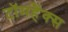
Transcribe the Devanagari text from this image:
टॉमहैंक्स